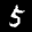
Label: 5